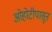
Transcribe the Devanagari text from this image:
ओहोटीपासून